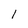
Character: 1